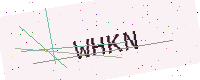
Text: WHKN